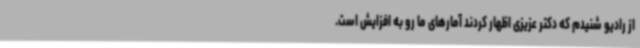
از رادیو شنیدم که دکتر عزیزی اظهار کردند آمارهای ما رو به افزایش است.